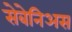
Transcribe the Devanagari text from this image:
सेबेनिअस